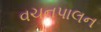
વચનપાલન